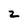
Character: z